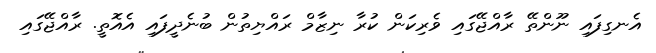
އެނގިފައި ނޫންތޭ ރާއްޖޭގައި ވެރިކަން ކުރާ ނިޒާމް ރައްޔިތުން ބުނެދީފައި އެއޮތީ. ރާއްޖޭގައި